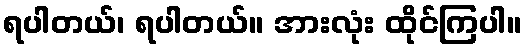
ရပါတယ်၊ ရပါတယ်။ အားလုံး ထိုင်ကြပါ။